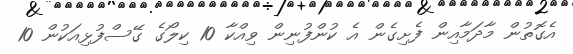
އެގޮތުން މާދަމާއިން ފެށިގެން އެ ކުންފުނިން ވިއްކާ 10 ކިލޯގެ ގޭސްފުޅިއަކުން 10